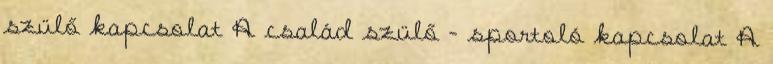
szülő kapcsolat A család szülő - sportoló kapcsolat A